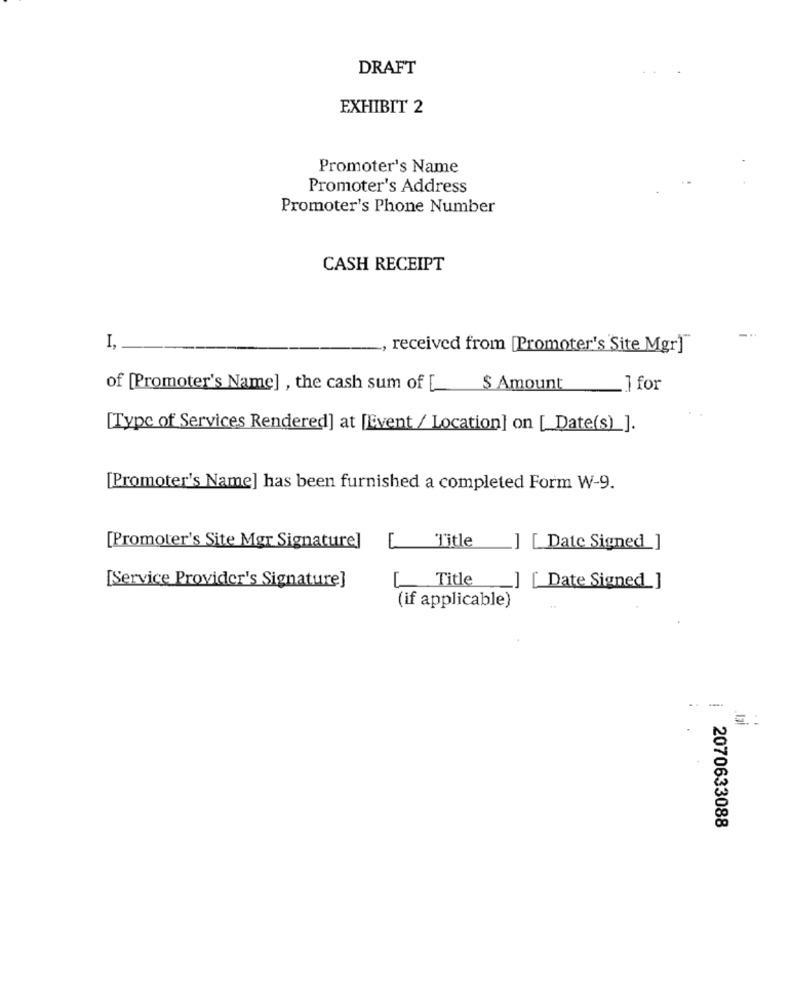
DRAFT
EXHIBIT 2
Promoter's Name
Promoter's Address
Promoter's Phone Number
CASH RECEIPT
-..
I,
received from [Promoter's Site Mgr]
of [Promoter's Name] , the cash sum of [
$ Amount
_1 for
[Type of Services Rendered] at [Event / Location] on [_Date(s) ].
[Promoter's Name] has been furnished a completed Form W-9.
[Promoter's Site Mgr Signature]
Title
[ Date Signed ]
[Service Provider's Signature]
Title
] [ Date Signed ]
(if applicable)
..
=. :
2070633088